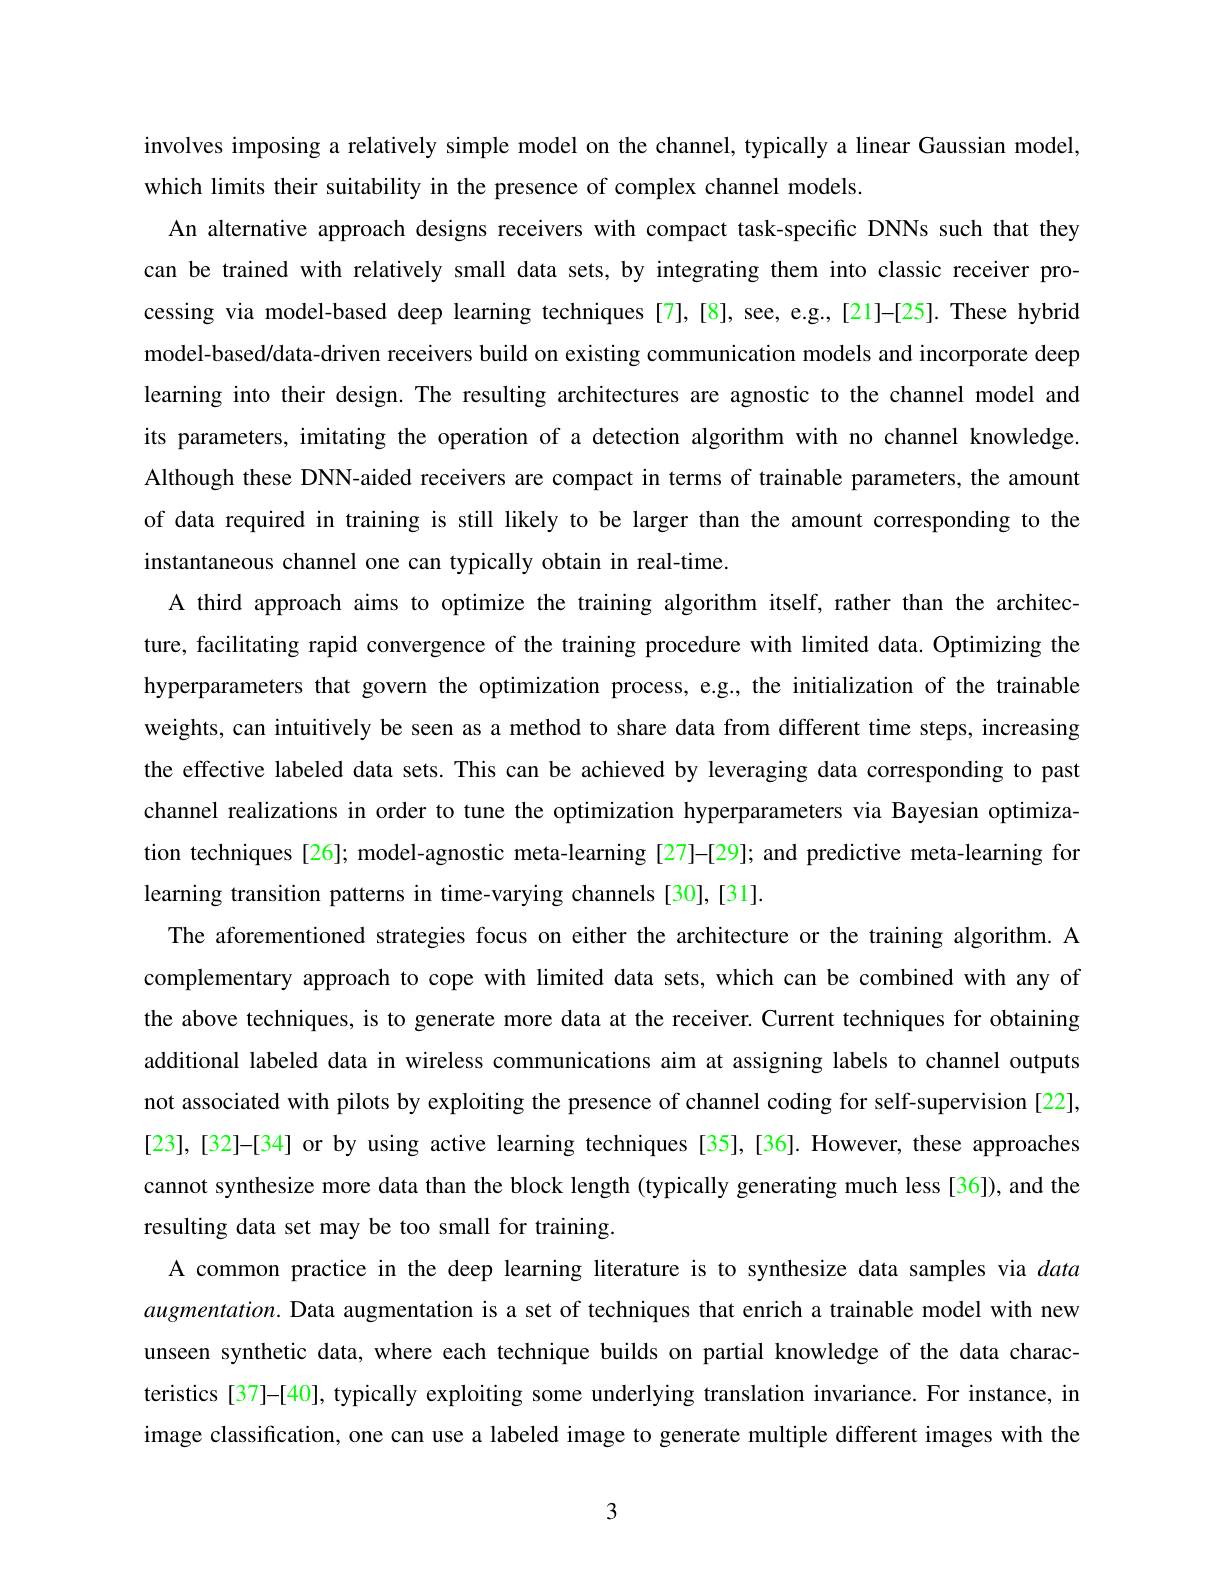
involves imposing a relatively simple model on the channel, typically a linear Gaussian model,
which limits their suitability in the presence of complex channel models
An alternative approach designs receivers with compact task-specific DNNs such that they can be trained with relatively small data sets, by integrating them into classic receiver processing via model-based deep learning techniques [7],[8], see, e.g.,[21]-[25]. These hybrid model-based/data-driven receivers build on existing communication models and incorporate deep learning into their design. The resulting architectures are agnostic to the channel model and its parameters, imitating the operation of a detection algorithm with no channel knowledge Although these DNN-aided receivers are compact in terms of trainable parameters, the amount of data required in training is still likely to be larger than the amount corresponding to the instantaneous channel one can typically obtain in real-time
A third approach aims to optimize the training algorithm itself, rather than the architecture, facilitating rapid convergence of the training procedure with limited data. Optimizing the hyperparameters that govern the optimization process, e.g., the initialization of the trainable weights, can intuitively be seen as a method to share data from different time steps, increasing the effective labeled data sets. This can be achieved by leveraging data corresponding to past channel realizations in order to tune the optimization hyperparameters via Bayesian optimiza tion techniques [26]; model-agnostic meta-learning [27]-[29]; and predictive meta-learning for learning transition patterns in time-varying channels [30],[31]
The aforementioned strategies focus on either the architecture or the training algorithm. A complementary approach to cope with limited data sets, which can be combined with any of the above techniques, is to generate more data at the receiver. Current techniques for obtaining additional labeled data in wireless communications aim at assigning labels to channel outputs not associated with pilots by exploiting the presence of channel coding for self-supervision [22] [23],[32]–[34] or by using active learning techniques [35],[36]. However, these approaches cannot synthesize more data than the block length (typically generating much less[36]), and the resulting data set may be too small for training
A common practice in the deep learning literature is to synthesize data samples via data augmentation. Data augmentation is a set of techniques that enrich a trainable model with new unseen synthetic data, where each technique builds on partial knowledge of the data characteristics [37]-[40], typically exploiting some underlying translation invariance. For instance, in image classification, one can use a labeled image to generate multiple different images with the

3